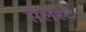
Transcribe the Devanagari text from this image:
सेलेस्टे